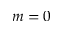
m = 0